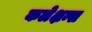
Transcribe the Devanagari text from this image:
कलेक्षन्स